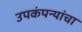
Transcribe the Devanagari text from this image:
उपकंपन्यांचा